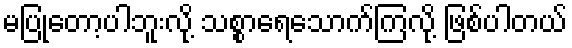
မပြုတော့ပါဘူးလို့ သစ္စာရေသောက်ကြလို့ ဖြစ်ပါတယ်